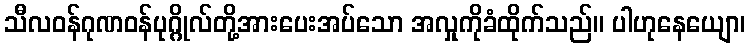
သီလဝန်ဂုဏဝန်ပုဂ္ဂိုလ်တို့အားပေးအပ်သော အလှုကိုခံထိုက်သည်။ ပါဟုနေယျော၊